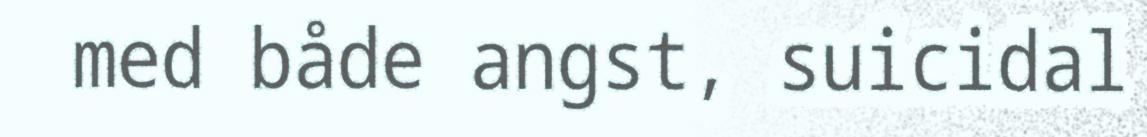
med både angst, suicidal